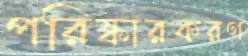
পরিষ্কারকরণ